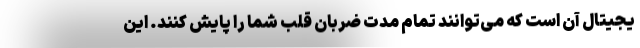
یجیتال آن است که می‌توانند تمام مدت ضربان قلب شما را پایش کنند. این